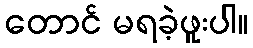
တောင် မရခဲ့ဖူးပါ။